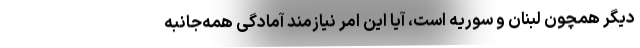
دیگر همچون لبنان و سوریه است، آیا این امر نیازمند آمادگی همه‌جانبه